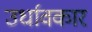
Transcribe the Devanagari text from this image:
उर्धावकार